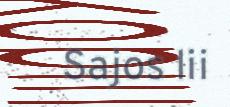
Sajos lii